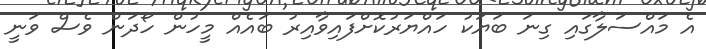
އެ މައްސަލާގައި ގިނަ ބަޔަކު ހައްޔަރުކޮށްފައިވާއިރު ބައެއް މީހުން ހޯދަން ވެސް ވަނީ